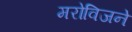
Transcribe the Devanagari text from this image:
मरोविजने